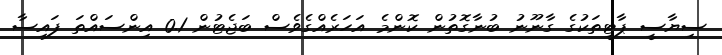
ސިޔާސީ ޕާޓީތަކުގެ ގާނޫނު ބުނާގޮތުން ކޮންމެ އަހަރެއްގެވެސް ބަޖެޓުން 0.1 އިންސައްތަ ފައިސާ